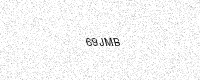
Text: 69JMB